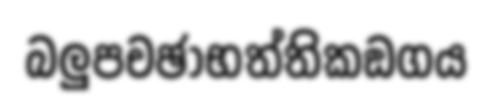
බලුපචඡාභත්තිකඞගය